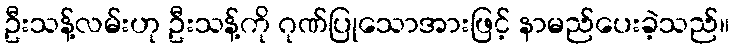
ဦးသန့်လမ်းဟု ဦးသန့်ကို ဂုဏ်ပြုသောအားဖြင့် နာမည်ပေးခဲ့သည်။